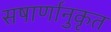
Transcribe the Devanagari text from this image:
सषार्णानुकृत